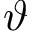
\vartheta